Indian journal of veterinary science and animal husbandry - Volume 1,
Year: 1931
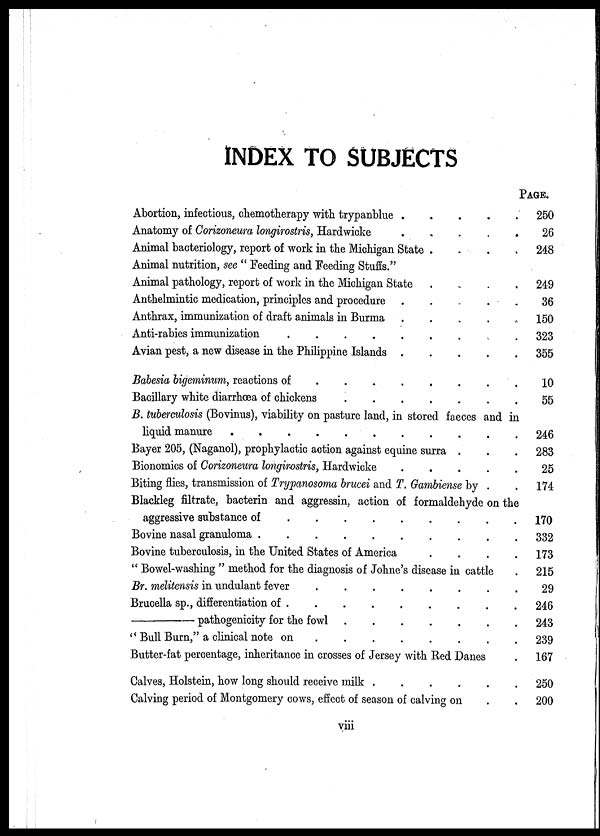
INDEX TO SUBJECTS
Abortion, infectious, chemotherapy with trypanblue . . . . .
Anatomy of Gorizoneura longirostris, Hardwicke
Animal bacteriology, report of work in the Michigan State . . . .
Animal nutrition, see " Feeding and Feeding Stuffs."
Animal pathology, report of work in the Michigan State . . . .
Anthelmintic medication, principles and procedure
Anthrax, immunization of draft animals in Burma
....
Anti-rabies immunization
.
Avian pest, a new disease in the Philippine Islands
Babesia bigeminum, reactions of
Bacillary white diarrhœa of chickens
B. tuberculosis (Bovinus), viability on pasture land, in stored faeces and in
liquid manure....
Bayer 205, (Naganol), prophylactic action against equine surra .
Bionomics of Gorizoneura longirostris, Hardwicke
....
Biting flies, transmission of Trypanosoma brucei and T. Gambiense by .
Blackleg filtrate, bacterin and aggressin, action of formaldehyde on the
aggressive substance of
Bovine nasal granuloma
Bovine tuberculosis, in the United States of America
" Bowel-washing " method for the diagnosis of Johne's disease in cattle
Br. melitensis in undulant fever
Brucella sp., differentiation of
—
pathogenicity for the fowl
" Bull Burn," a clinical note on
Butter-fat percentage, inheritance in crosses of Jersey with Bed Danes .
Calves, Holstein, how long should receive milk
Calving period of Montgomery cows, effect of season of calving on . .
PAGE.
250
26
248
249
36
150
323
355
10
55
246
283
25
174
170
332
173
215
29
246
243
239
167
250
200
viii